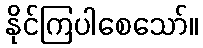
နိုင်ကြပါစေသော်။